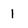
Character: 1